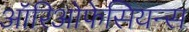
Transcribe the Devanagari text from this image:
ऑरिओफेसियन्स